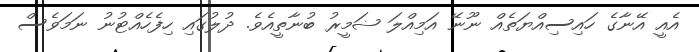
އެއީ އޭނާގެ ހައިސިއްޔަތެއް ނޫނޭ އަމިއްލަ ޟަމީރު ބުނާތީއެވެ. ދުލުގައި ހިފެހެއްޓުނު ނަމަވެސް